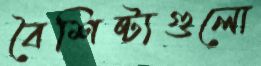
বৈশিষ্ট্যগুলো